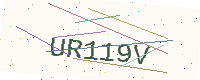
Text: UR119V